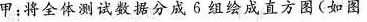
甲：将全体测试数据分成6组绘成直方图(如图